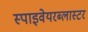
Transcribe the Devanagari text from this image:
स्पाइवेयरब्लास्टर